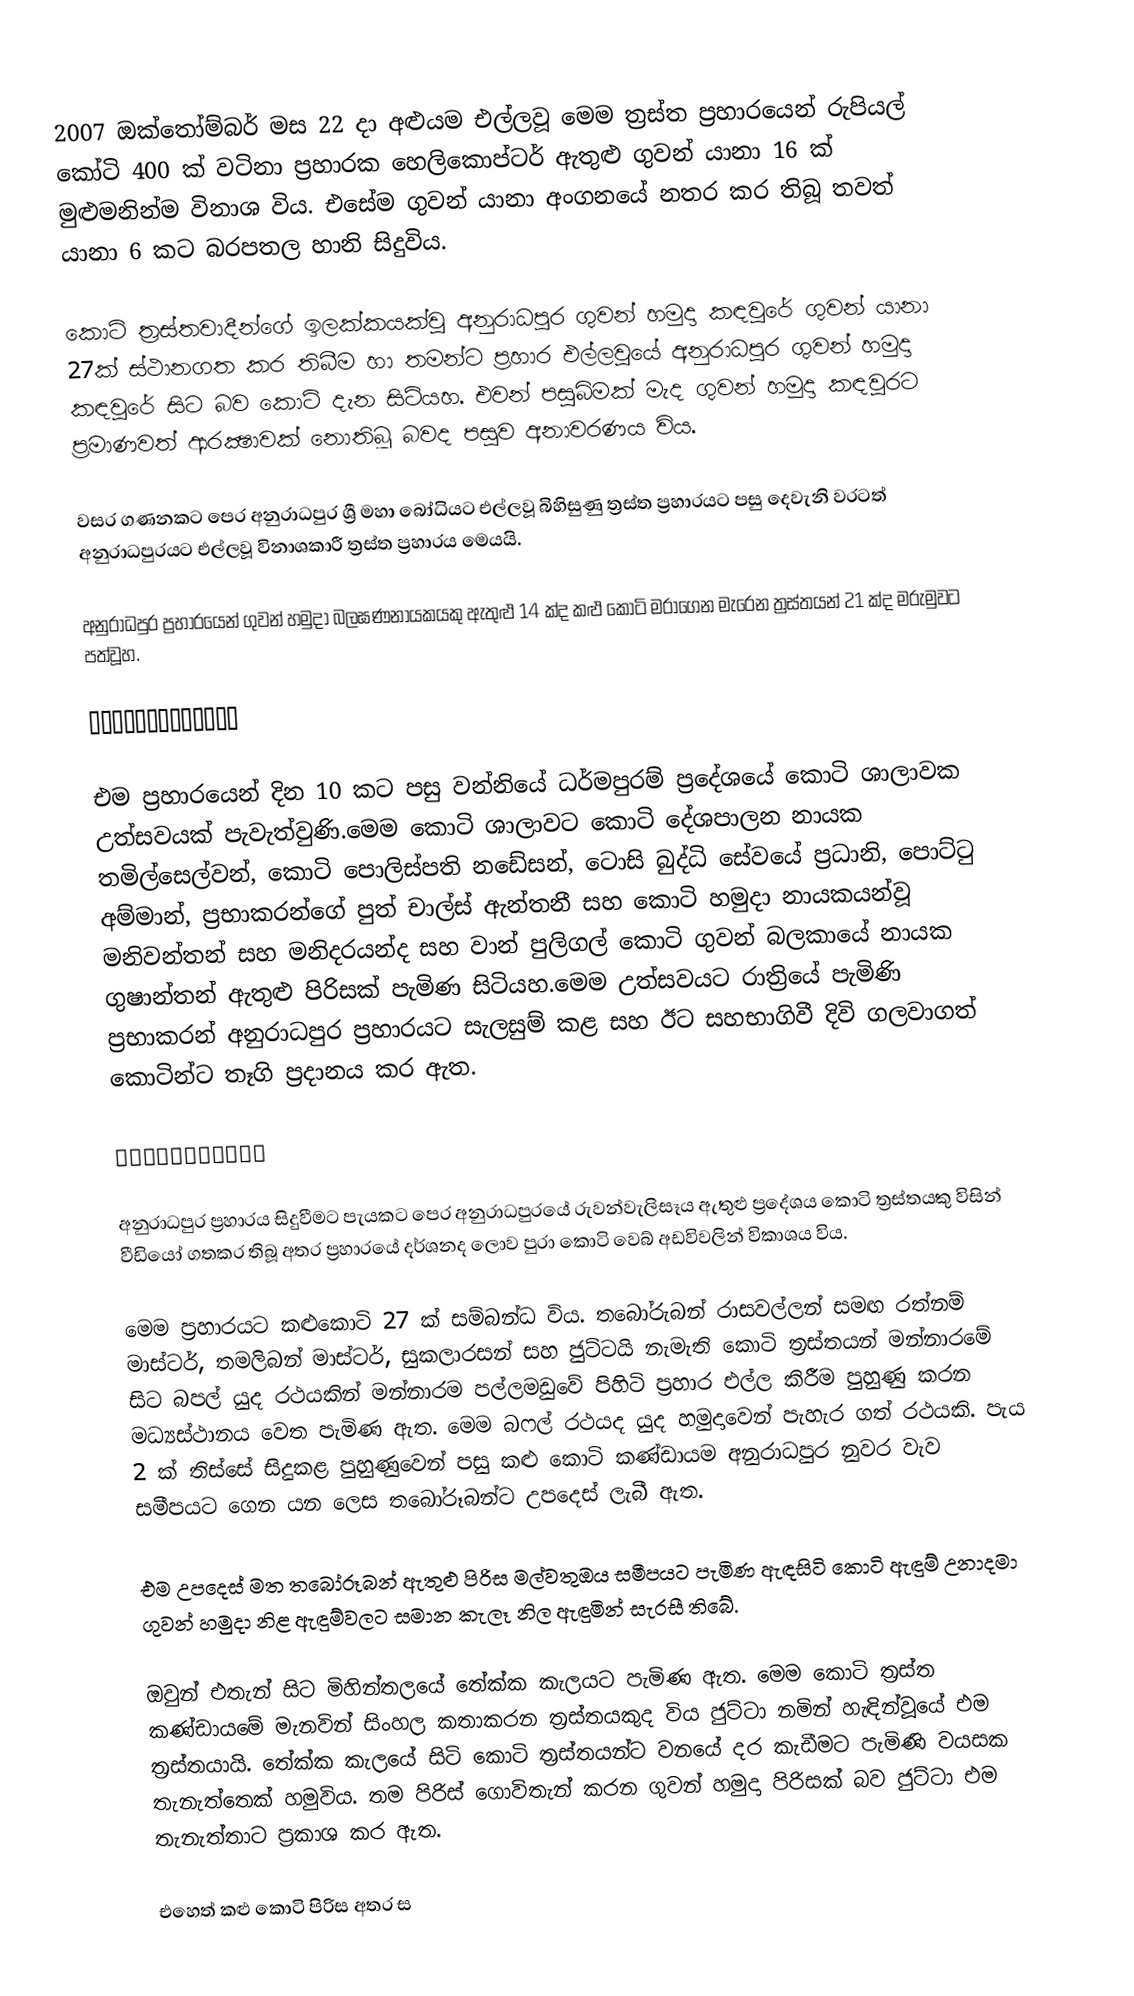
2007 ඔක්‌තෝම්බර් මස 22 දා අළුයම එල්ලවූ මෙම ත්‍රස්‌ත ප්‍රහාරයෙන් රුපියල් කෝටි 400 ක්‌ වටිනා ප්‍රහාරක හෙලිකොප්ටර් ඇතුළු ගුවන් යානා 16 ක්‌ මුළුමනින්ම විනාශ විය. එසේම ගුවන් යානා අංගනයේ නතර කර තිබූ තවත් යානා 6 කට බරපතල හානි සිදුවිය.

කොටි ත්‍රස්‌තවාදීන්ගේ ඉලක්‌කයක්‌වූ අනුරාධපුර ගුවන් හමුදා කඳවුරේ ගුවන් යානා 27ක්‌ ස්‌ථානගත කර තිබීම හා තමන්ට ප්‍රහාර එල්ලවූයේ අනුරාධපුර ගුවන් හමුදා කඳවුරේ සිට බව කොටි දැන සිටියහ. එවන් පසුබිමක්‌ මැද ගුවන් හමුදා කඳවුරට ප්‍රමාණවත් ආරක්‍ෂාවක්‌ නොතිබූ බවද පසුව අනාවරණය විය.

වසර ගණනකට පෙර අනුරාධපුර ශ්‍රී මහා බෝධියට එල්ලවූ බිහිසුණු ත්‍රස්‌ත ප්‍රහාරයට පසු දෙවැනි වරටත් අනුරාධපුරයට එල්ලවූ විනාශකාරී ත්‍රස්‌ත ප්‍රහාරය මෙයයි.

අනුරාධපුර ප්‍රහාරයෙන් ගුවන් හමුදා බලඝණනායකයකු ඇතුළු 14 ක්‌ද කළු කොටි මරාගෙන මැරෙන ත්‍රස්‌තයන් 21 ක්‌ද මරුමුවට පත්වූහ.

✈️✈️✈️✈️✈️✈️✈️✈️✈️✈️✈️✈️✈

එම ප්‍රහාරයෙන් දින 10 කට පසු වන්නියේ ධර්මපුරම් ප්‍රදේශයේ කොටි ශාලාවක උත්සවයක්‌ පැවැත්වුණි.මෙම කොටි ශාලාවට කොටි දේශපාලන නායක තමිල්සෙල්වන්, කොටි පොලිස්‌පති නඩේසන්, ටොසි බුද්ධි සේවයේ ප්‍රධානි, පොට්‌ටු අම්මාන්, ප්‍රභාකරන්ගේ පුත් චාල්ස්‌ ඇන්තනී සහ කොටි හමුදා නායකයන්වූ මනිවන්තන් සහ මනිදරයන්ද සහ වාන් පුලිගල් කොටි ගුවන් බලකායේ නායක ගුෂාන්තන් ඇතුළු පිරිසක්‌ පැමිණ සිටියහ.මෙම උත්සවයට රාත්‍රියේ පැමිණි ප්‍රභාකරන් අනුරාධපුර ප්‍රහාරයට සැලසුම් කළ සහ ඊට සහභාගිවී දිවි ගලවාගත් කොටින්ට තෑගි ප්‍රදානය කර ඇත.

💣💣💣💣💣💣💣💣💣💣💣

අනුරාධපුර ප්‍රහාරය සිදුවීමට පැයකට පෙර අනුරාධපුරයේ රුවන්වැලිසෑය ඇතුළු ප්‍රදේශය කොටි ත්‍රස්‌තයකු විසින් වීඩියෝ ගතකර තිබූ අතර ප්‍රහාරයේ දර්ශනද ලොව පුරා කොටි වෙබ් අඩවිවලින් විකාශය විය.

මෙම ප්‍රහාරයට කළුකොටි 27 ක්‌ සම්බන්ධ විය. තබෝරුබන් රාසවල්ලන් සමඟ රත්නම් මාස්‌ටර්, තමලිබන් මාස්‌ටර්, සුකලාරසන් සහ ජුට්‌ටයි නැමැති කොටි ත්‍රස්‌තයන් මන්නාරමේ සිට බපල් යුද රථයකින් මන්නාරම පල්ලමඩුවේ පිහිටි ප්‍රහාර එල්ල කිරීම පුහුණු කරන මධ්‍යස්‌ථානය වෙත පැමිණ ඇත. මෙම බෆල් රථයද යුද හමුදාවෙන් පැහැර ගත් රථයකි. පැය 2 ක්‌ තිස්‌සේ සිදුකළ පුහුණුවෙන් පසු කළු කොටි කණ්‌ඩායම අනුරාධපුර නුවර වැව සමීපයට ගෙන යන ලෙස තබෝරූබන්ට උපදෙස්‌ ලැබී ඇත.

එම උපදෙස්‌ මත තබෝරූබන් ඇතුළු පිරිස මල්වතුඔය සමීපයට පැමිණ ඇඳසිටි කොටි ඇඳුම් උනාදමා ගුවන් හමුදා නිළ ඇඳුම්වලට සමාන කැලෑ නිල ඇඳුමින් සැරසී තිබේ.

ඔවුන් එතැන් සිට මිහින්තලයේ තේක්‌ක කැලයට පැමිණ ඇත. මෙම කොටි ත්‍රස්‌ත කණ්‌ඩායමේ මැනවින් සිංහල කතාකරන ත්‍රස්‌තයකුද විය ජුට්‌ටා නමින් හැඳින්වූයේ එම ත්‍රස්‌තයායි. තේක්‌ක කැලයේ සිටි කොටි ත්‍රස්‌තයන්ට වනයේ දර කැඩීමට පැමිණි වයසක තැනැත්තෙක්‌ හමුවිය. තම පිරිස්‌ ගොවිතැන් කරන ගුවන් හමුදා පිරිසක්‌ බව ජුට්‌ටා එම තැනැත්තාට ප්‍රකාශ කර ඇත.

එහෙත් කළු කොටි පිරිස අතර ස